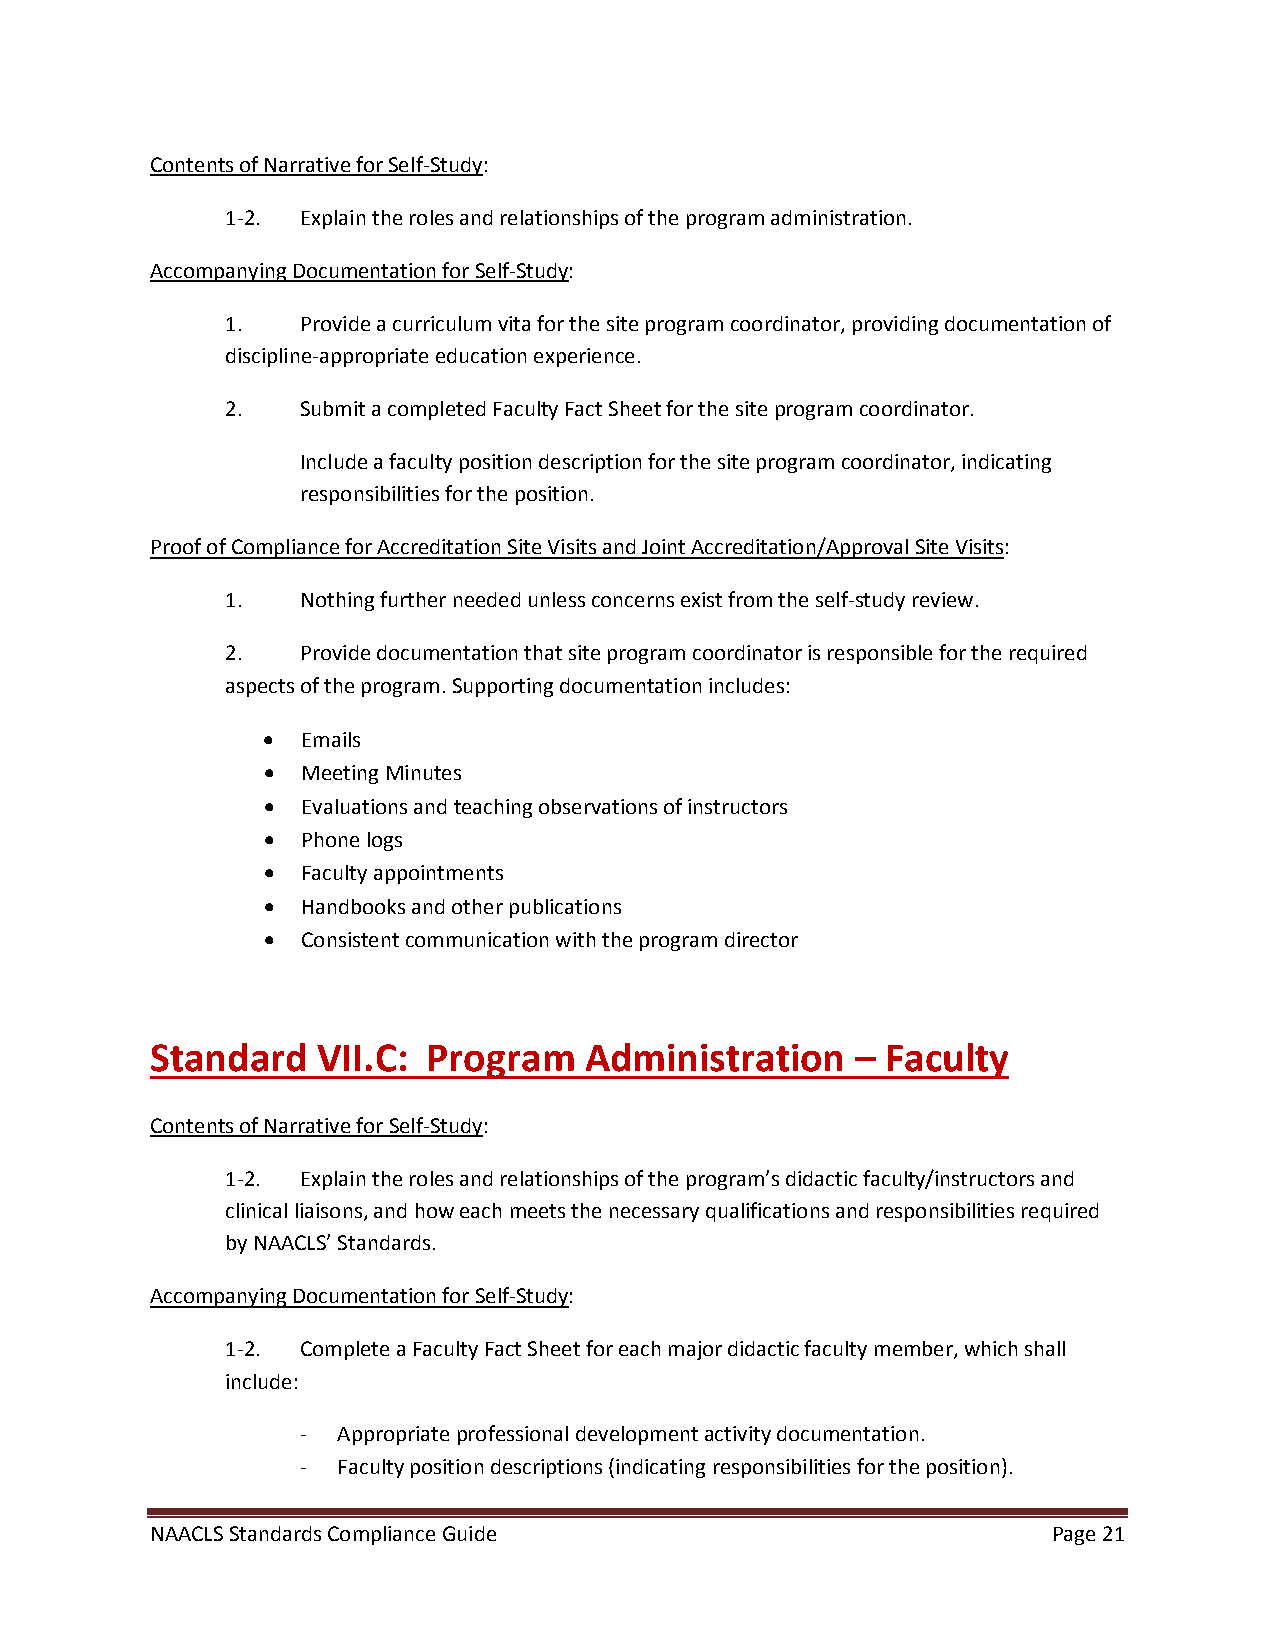
Contents of Narrative for Self-Study:
 1-2. Explain the roles and relationships of the program administration.
 Accompanying Documentation for Self-Study:
 1.   Provide a curriculum vita for the site program coordinator, providing documentation of
 discipline-appropriate education experience.
 2.   Submit a completed Faculty Fact Sheet for the site program coordinator.
 Include a faculty position description for the site program coordinator, indicating
 responsibilities for the position.
 Proof of Compliance for Accreditation Site Visits and Joint Accreditation/Approval Site Visits:
 1.   Nothing further needed unless concerns exist from the self-study review.
 2.   Provide documentation that site program coordinator is responsible for the required
 aspects of the program. Supporting documentation includes:
 •  Emails
 •  Meeting Minutes
 •  Evaluations and teaching observations of instructors
 •  Phone logs
 •  Faculty appointments
 •  Handbooks and other publications
 •  Consistent communication with the program director
 Standard   VII.C: Program    Administration    – Faculty
 Contents of Narrative for Self-Study:
 1-2. Explain the roles and relationships of the program’s didactic faculty/instructors and
 clinical liaisons, and how each meets the necessary qualifications and responsibilities required
 by NAACLS’ Standards.
 Accompanying Documentation for Self-Study:
 1-2. Complete a Faculty Fact Sheet for each major didactic faculty member, which shall
 include:
 - Appropriate professional development activity documentation.
 - Faculty position descriptions (indicating responsibilities for the position).
 NAACLS Standards Compliance Guide                           Page 21